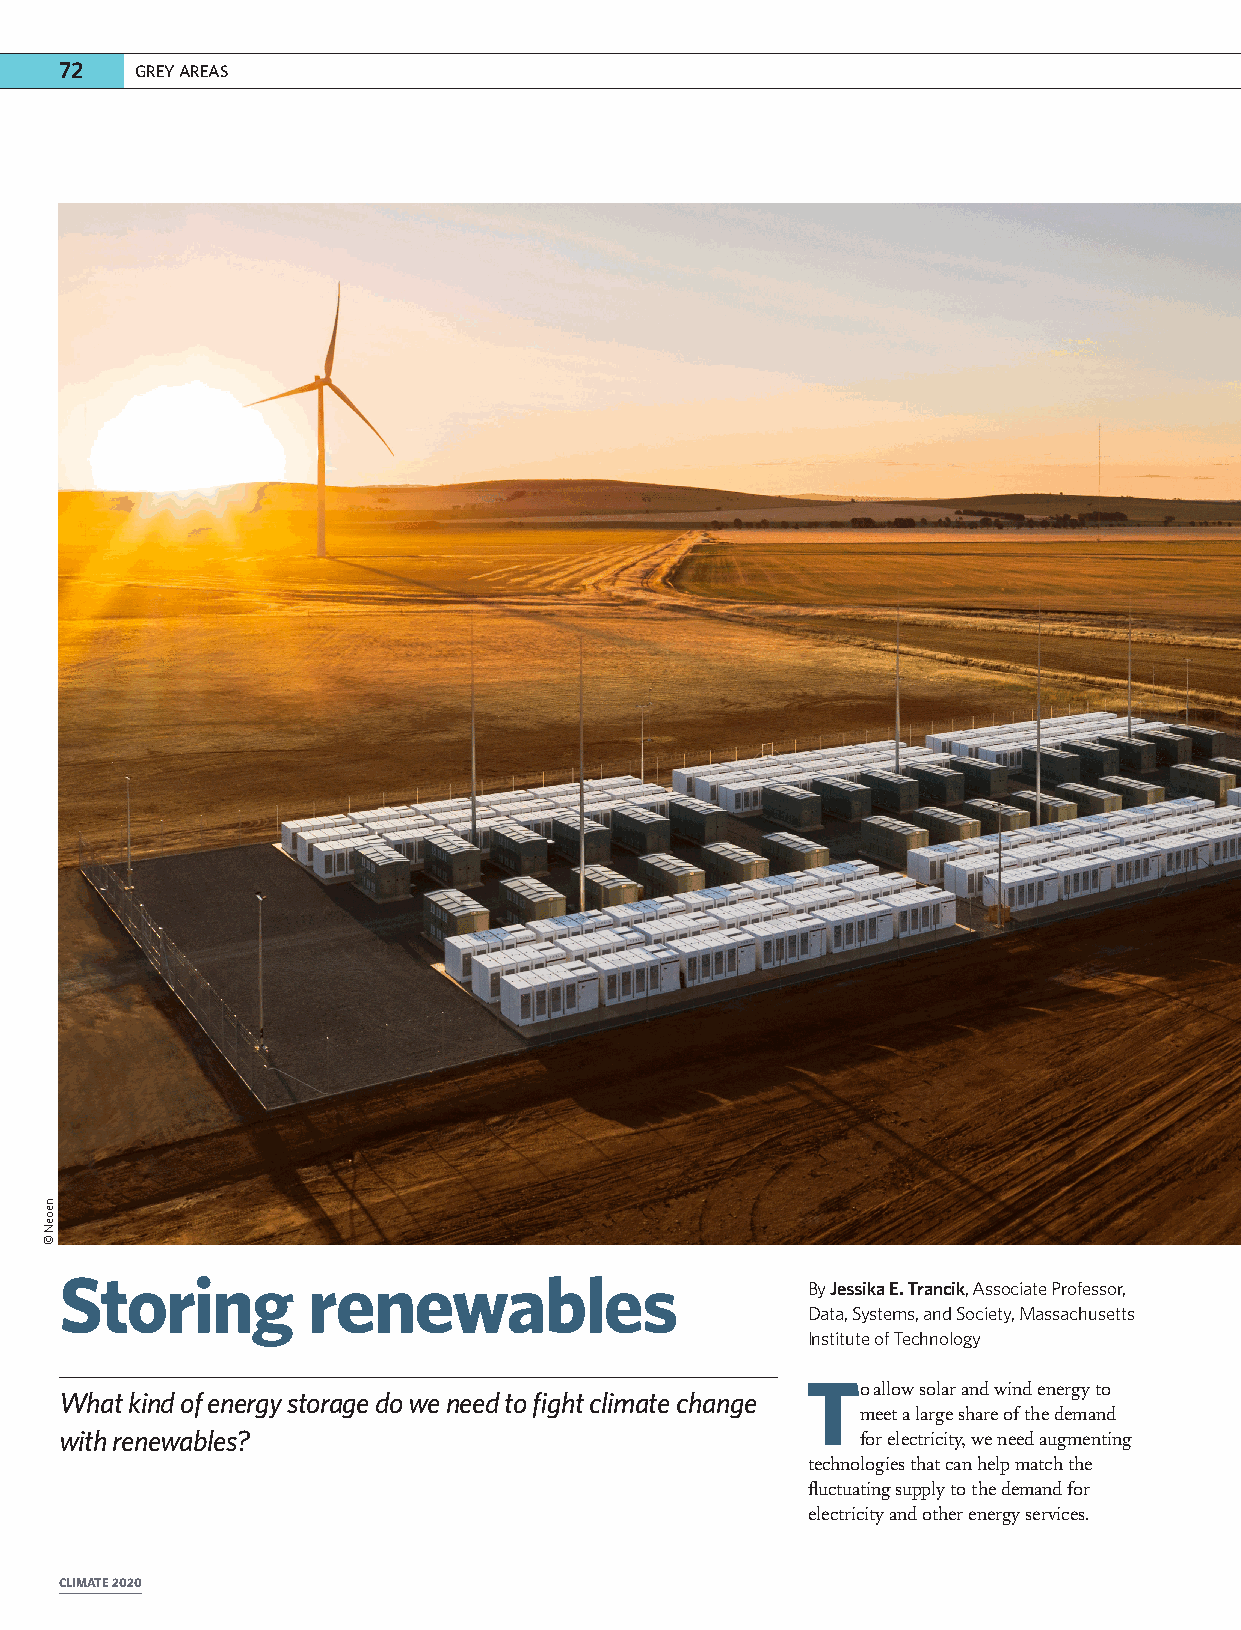
777222 GREY AREAS
 Storing         renewables                       By Jessika E. Trancik, Associate Professor,
 Data, Systems, and Society, Massachusetts
 Institute of Technology
 To   allow solar and wind energy to
 What kind of energy storage do we need to fight climate change
 meet a large share of the demand
 with renewables?                                     for electricity, we need augmenting
 technologies that can help match the
 fluctuating supply to the demand for
 electricity and other energy services.
 CLIMATE 2020
 neoeN
 ©